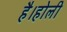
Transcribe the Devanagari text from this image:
है।होली